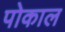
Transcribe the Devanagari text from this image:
पोकाल